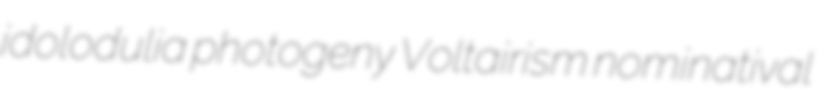
idolodulia photogeny Voltairism nominatival